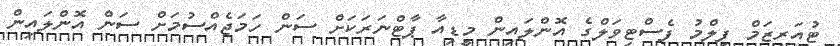
ޓުއަރިޒަމް ފިލްމު ފެސްޓިވަލްގެ އޮންލައިން މީޑިއާ ޕާޓްނަރަކަށް ސަން ހަމަޖެއްސުމަށް ސަން އޮންލައިން